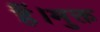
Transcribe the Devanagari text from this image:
हैं।मुक्त